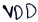
Text: VDD